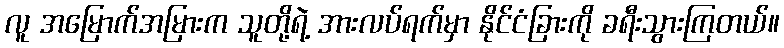
လူ အမြောက်အမြားက သူတို့ရဲ့ အားလပ်ရက်မှာ နိုင်ငံခြားကို ခရီးသွားကြတယ်။